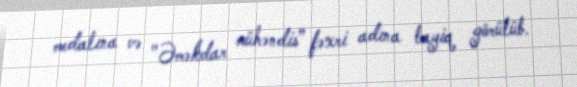
medalına və "Əməkdar mühəndis” fəxri adına layiq görülüb.